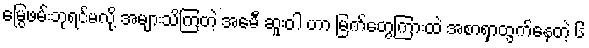
မြွေဖမ်းဘုရင်မလို့ အများသိကြတဲ့ အေမီ ဆူးဝါ ဟာ မြက်တွေကြားထဲ အစာရှာထွက်နေတဲ့ ၆